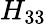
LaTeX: H_{33}